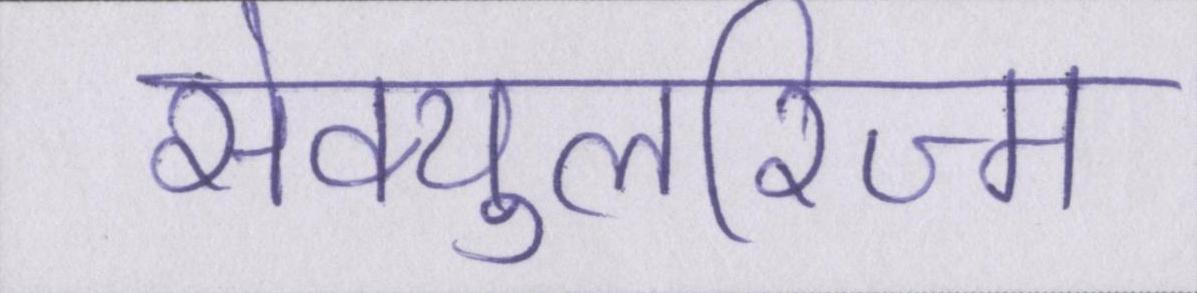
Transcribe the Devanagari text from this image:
सेक्युलरिज्म